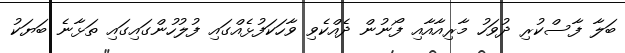
ބަލާ ފާސްކުރި ދުވަހު މާރިއާއާއި ފޯނުން ދެއްކެވި ވާހަކަފުޅެއްގައި ފުލުހުންގައިގައި ތަޅާނެ ބަޔަކު